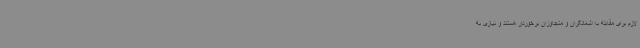
لازم برای مقابله با اشغالگران و متجاوزان برخوردار هستند و نیازی به